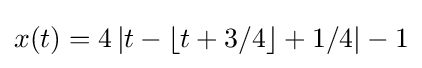
x(t)=4\left\vert t-\left\lfloor t+3/4\right\rfloor +1/4\right\vert -1